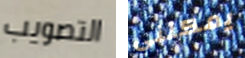
التصويب يمكنني